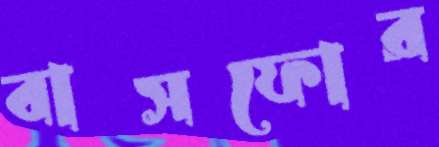
বাসফোর